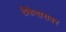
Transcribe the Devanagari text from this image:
ठेकेदारावर